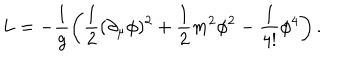
L = - \frac { 1 } { g } \left( \frac { 1 } { 2 } ( \partial _ { \mu } \phi ) ^ { 2 } + \frac 1 2 m ^ { 2 } \phi ^ { 2 } - \frac { 1 } { 4 ! } \phi ^ { 4 } \right) .